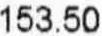
153.50